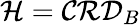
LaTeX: {\mathcal{H}}=\mathcal{C}\mathcal{R}\mathcal{D}_{B}